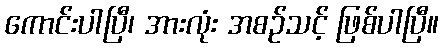
ကောင်းပါပြီ၊ အားလုံး အစဉ်သင့် ဖြစ်ပါပြီ။